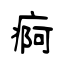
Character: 痾